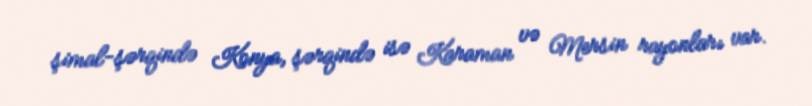
şimal-şərqində Konya, şərqində isə Karaman və Mersin rayonları var.